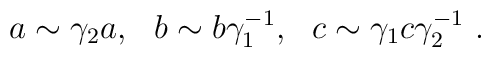
a\sim\gamma_2 a,~~b\sim b\gamma_1^{-1},~~c\sim\gamma_1c\gamma_2^{-1} \ .